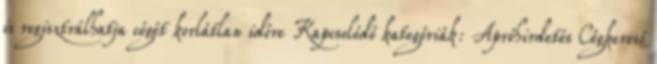
is regisztrálhatja cégét korlátlan időre Kapcsolódó kategóriák: Apróhirdetés Cégkereső